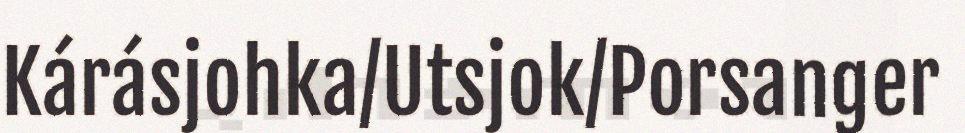
Kárásjohka/Utsjok/Porsanger